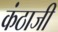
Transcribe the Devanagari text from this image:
कंठाजी